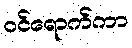
ဝင်ရောက်ကာ